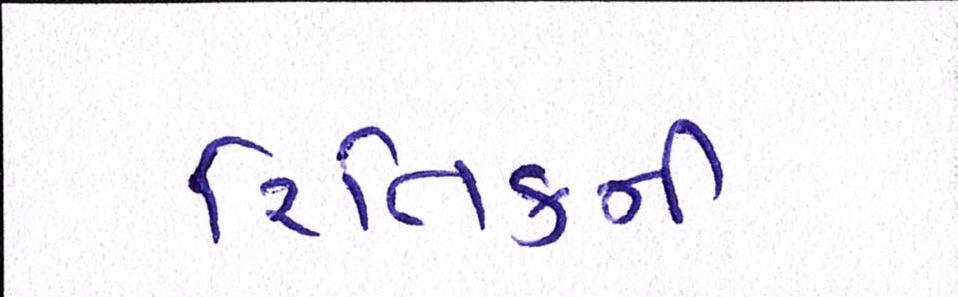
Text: રિતિકની